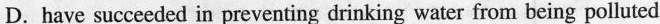
D. have succeeded in preventing drinking water from being polluted